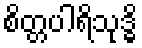
စိတ္တပါရိသုဒ္ဓိ